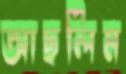
আছলিম